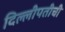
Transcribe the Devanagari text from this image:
दिल्लीपतीची